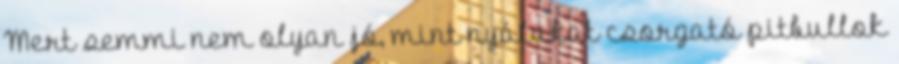
Mert semmi nem olyan jó, mint nyálukat csorgató pitbullok